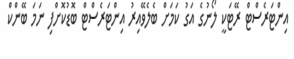
އިންޓަރެސްޓް ރޭޓަކީ ލޯނުގެ އަގު ކަމަށް ބެލެވޭއިރު އިންޓަރެސްޓް ބޮޑުކޮށްފި ނަމަ ބޭންކް